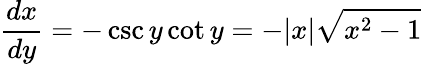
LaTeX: {\frac{dx}{dy}}=-\csc y\cot y=-|x|{\sqrt{x^{2}-1}}